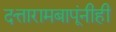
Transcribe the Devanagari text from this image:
दत्तारामबापूंनीही